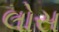
લોસ